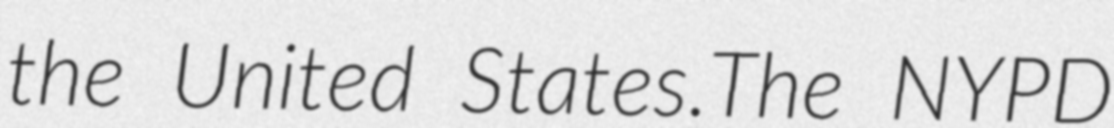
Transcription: the United States.The NYPD